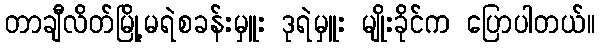
တာချီလိတ်မြို့မရဲစခန်းမှူး ဒုရဲမှူး မျိုးခိုင်က ပြောပါတယ်။